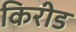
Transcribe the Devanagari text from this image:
किरीड